Calcutta medical institutions reports 1871-78
Year: 1871
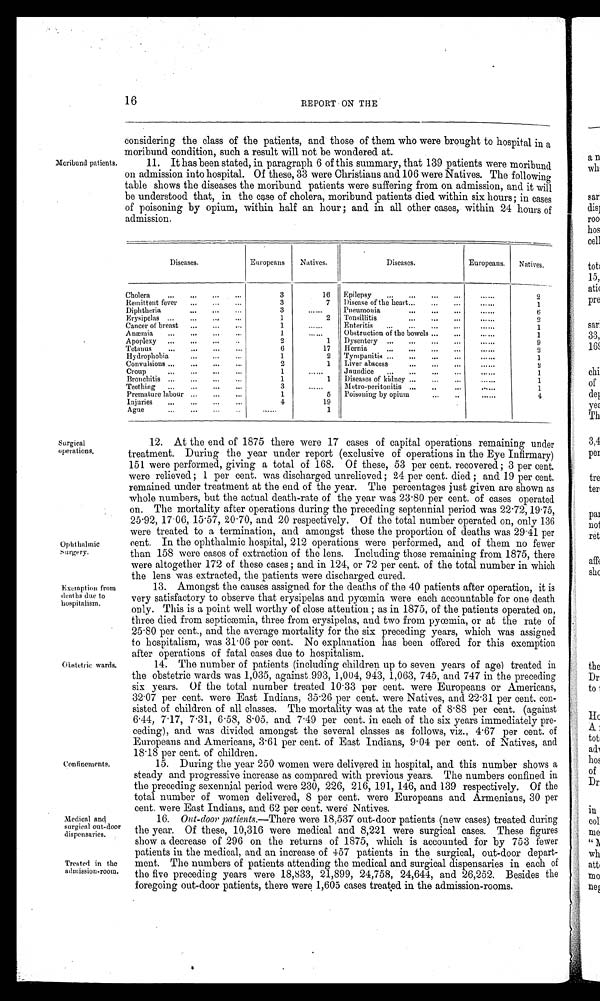
16
REPORT ON THE
considering the class of the patients, and those of them who were brought to hospital in a
moribund condition, such a result will not be wondered at.
Moribund patients. 11. It has been stated, in paragraph 6 of this summary, that 139 patients were moribund
on admission into hospital. Of these, 33 were Christians and 106 were Natives. The following
table shows the diseases the moribund patients were suffering from on admission, and it will
be understood that, in the case of cholera, moribund patients died within six hours; in cases
of poisoning by opium, within half an hour ; and in all other cases, within 24 hours of
admission.
----
Diseases.
Europeans
Natives.
Diseases.
Europeans.
Natives.
Cholera
...
...
...
...
3
16
Epilepsy
...
...
...
...
••••••
2
Remittent fever
...
...
...
3
7
1)isease of the heart...
„.
...
••••••
1
Diphtheria
...
...
...
3
......
Pneumonia
...
...
...
......
13
Erysipelas ...
...
....
...
1
2
Tonsillitis
•••
•••
•••
••••••
2
Cancer of breast
...
...
1
......
Enteritis
...
...
...
•••—
1
Anemia
...
...
...
...
1
......
Obstruction of the bowels ...
...
• .
1
Apoplexy
...
,..
...
..
2
1
Dysentery ...
...
...
...
......
9
Tetanus
...
...
...
...
6
17
Hernia
•••
.60
• ••
•••
• .....
2
Hydrophobia
1
2
Tympanitis ...
...
...
...
......
1
Convulsions ...
...
...
...
2
1
Liver abscess
...
...
...
......
!.
Croup
...
...
...
...
1
......
Jaundice
...
...
...
...
......
1
Bronchitis ...
...
...
...
1
1
Diseases of kidney ...
...
...
••••••
1
Teething
...
...
...
..,
Premature labour
3
1
••••••
Metro - peritonitis ...
5
Poisoning by opium
..
—
.-....
......
1
4
Injuries
...
...
...
..,
Ague
.
...
...
4
......
19
1
Surgical
operations.
Ophthalmic
:-surgery.
Exemption from
deaths due to
hospitalism.
Obstetric wards.
Confinements.
Medical and
surgical outdoor
dispensaries.
Treated in the
ailmission-room.
12. At the end of 1875 there were 17 cases of capital operations remaining under
treatment. During the year under report (exclusive of operations in the Eye Infirmary)
151 were performed, giving a total of 168. Of these, 53 per cent. recovered ; 3 per cent.
were relieved ; 1 per cent, was discharged unrelieved ; 24 per cent. died ; and 19 per cent.
remained under treatment at the end of the year. The percentages just given are shown as
whole numbers, but the actual death-rate of the year was 23 . 80 per cent. of cases operated
on. The mortality after operations during the preceding septennial period was 22 .72, 19.75,
25 . 92, 17 . 06, 15 . 57, 2010, and 20 respectively. Of the total number operated on, only 136
were treated to a termination, and amongst these the proportion of deaths was 29 . 41 per
cent. In the ophthalmic hospital, 212 operations were performed, and of them no fewer
than 158 were cases of extraction of the lens. Including those remaining from 1875, there
were altogether 172 of these cases ; and in 124, or 72 per cent. of the total number in which
the lens was extracted, the patients were discharged cured.
13. Amongst the causes assigned for the deaths of' the 40 patients after operation, it is
very satisfactory to observe that erysipelas and pyo3mia were each accountable for one death
only. This is a point well worthy of close attention ; as in 1875, of the patients operated on,
three died from septicemia, three from erysipelas, and two from pycemia, or at the rate of
25 . 80 per cent., and tile average mortality for the six preceding years, which was assigned
to hospitalism, was 31 . 06 per cent. No explanation has been offered for this exemption
after operations of fatal cases due to hospitalism.
14. The number of patients (including children up to seven years of age) treated in
the obstetric wards was 1,035, against 993, 1,004, 943, 1,063, 745, and 747 in the preceding
six years. Of the total number treated 10 . 33 per cent. were Europeans or Americans,
32. 07 per cent. were East Indians, 35 .26 per cent. were Natives, and 22 . 31 per cent. con-
sisted of children of all classes. The mortality was at the rate of 8 . 88 per cent. (against
6 . 44, 7 . 17, 7 . 31, 6 . 58, 8 . 05. and 7 . 49 per cent. in each of the six years immediately pre-
ceding), and was divided amongst the several classes as follows, viz., 4 . 67 per cent. of
Europeans and Americans, 3 . 61 per cent. of East Indians, 9 . 04 per cent. of Natives, and
18 . 18 per cent. of children.
15. During the year 250 women were delivered in hospital, and this number shows a
steady and progressive increase as compared with previous years. The numbers confined in
the preceding sexennial period were 230, 226, 216, 191, 146, and 139 respectively. Of the
total number of women delivered, 8 per cent. were Europeans and Armenians, 30 per
cent. were East Indians, and 62 per cent. -were Natives.
16. Out-door patients.—There were 18,537 out-door patients (new cases) treated during
the year. Of these, 10,316 were medical and 8,221 were surgical cases. These figures
show a decrease of 296 on the returns of 1875, which is accounted for by 753 fewer
patients in the medical, and an increase of 457 patients in the. surgical, out-door depart-
ment. The numbers of patients attending the medical and surgical dispensaries in each of
the five preceding years were 18,833, 21,899, 24,758, 24,644, and 26,252. Besides the
foregoing out-door patients, there were 1,605 cases treated in the admission-rooms.